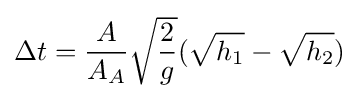
\Delta t={\frac {A}{A_{A}}}{\sqrt {\frac {2}{g}}}({\sqrt {h_{1}}}-{\sqrt {h_{2}}})